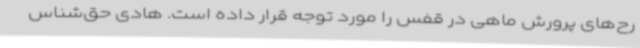
رح‌های پرورش ماهی در قفس را مورد توجه قرار داده است. هادی حق‌شناس